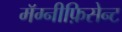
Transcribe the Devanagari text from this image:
मॅग्नीफ़िसेन्ट